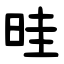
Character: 晆